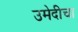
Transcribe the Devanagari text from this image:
उमेदीचा